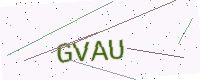
Text: GVAU